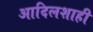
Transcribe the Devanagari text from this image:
आदिलशाही